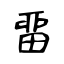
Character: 畱